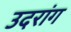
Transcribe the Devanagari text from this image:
उदरांग